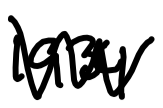
Text: 1934
Cross-out: zig-zag
Writing tool: digital_black